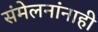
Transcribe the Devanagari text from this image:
संमेलनांनाही